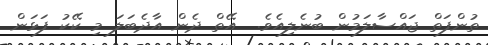
ތުންފަތް ޖައްސާލަމުން ބުނެލިއެވެ.  އޭތް ދެން އާދެބަލަ މި ކޭކު ފަޅަން